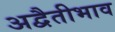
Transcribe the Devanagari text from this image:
अद्वैतीभाव